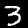
Digit: 3